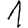
Digit: 1